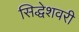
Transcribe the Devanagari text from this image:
सिद्धेशवरी